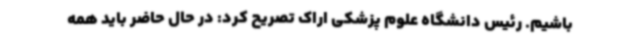
باشیم. رئیس دانشگاه علوم پزشکی اراک تصریح کرد: در حال حاضر باید همه